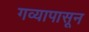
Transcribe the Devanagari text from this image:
गव्यापासून